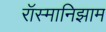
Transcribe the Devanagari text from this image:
रॉस्मानिझाम